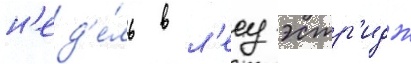
н'ед'е́ль в л'есу эстр'идж